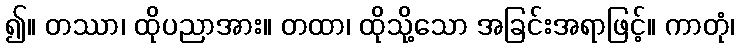
၍။ တဿာ၊ ထိုပညာအား။ တထာ၊ ထိုသို့သော အခြင်းအရာဖြင့်။ ကာတုံ၊